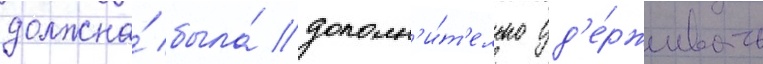
должна́ была́ дополн'и́т'ельно уд'е́рживать